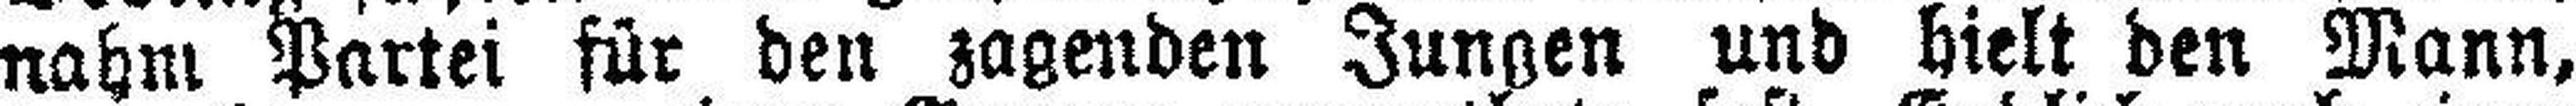
nahm Partei für den zagenden Jungen und hielt den Mann,